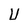
Character: U